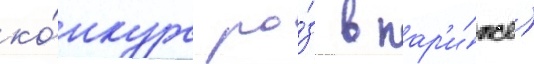
ко́нкурс ро́з в пар'и́же)